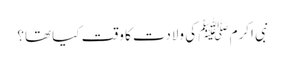
نبی اکرم ﷺ کی ولادت کا وقت کیا تھا؟